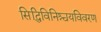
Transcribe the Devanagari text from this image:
सिद्धिविनिश्चयविवरण